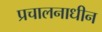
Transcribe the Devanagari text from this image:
प्रचालनाधीन